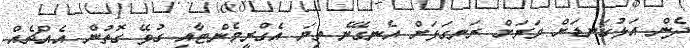
ދެން އަޅުގަނޑަށް ވަރަށް ރަނގަޅަށް އެނގޭނެ ތިޔަ އެގްރީމެންޓާއި ގުޅޭ ގޮތުން އެއްޗެއް